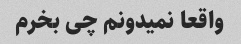
واقعا نمیدونم چی بخرم